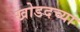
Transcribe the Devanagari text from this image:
खोडदच्या